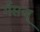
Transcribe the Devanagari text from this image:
र्गसच्